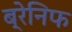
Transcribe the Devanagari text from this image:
ब्रेनिफ